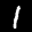
Label: 1